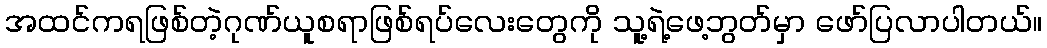
အထင်ကရဖြစ်တဲ့ဂုဏ်ယူစရာဖြစ်ရပ်လေးတွေကို သူ့ရဲ့ဖေ့ဘွတ်မှာ ဖော်ပြလာပါတယ်။